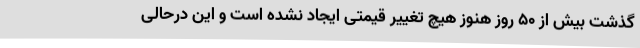
گذشت بیش از 50 روز هنوز هیچ تغییر قیمتی ایجاد نشده است و این درحالی